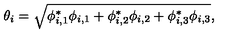
\theta _ { i } = \sqrt { \phi _ { i , 1 } ^ { * } \phi _ { i , 1 } + \phi _ { i , 2 } ^ { * } \phi _ { i , 2 } + \phi _ { i , 3 } ^ { * } \phi _ { i , 3 } } ,